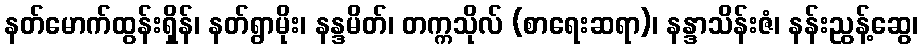
နတ်မောက်ထွန်းရှိန်၊ နတ်ရွာမိုး၊ နန္ဒမိတ်၊ တက္ကသိုလ် (စာရေးဆရာ)၊ နန္ဒာသိန်းဇံ၊ နန်းညွန့်ဆွေ၊